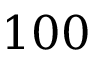
1 0 0